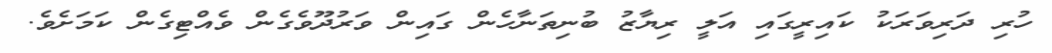
ހުރި ދަރިވަރަކު ކައިރީގައި އަލީ ރިޔާޒު ބުނިތަނާހެން ގައިން ވަރުދޫވެގެން ވެއްޓިގެން ކަމަށެވެ.